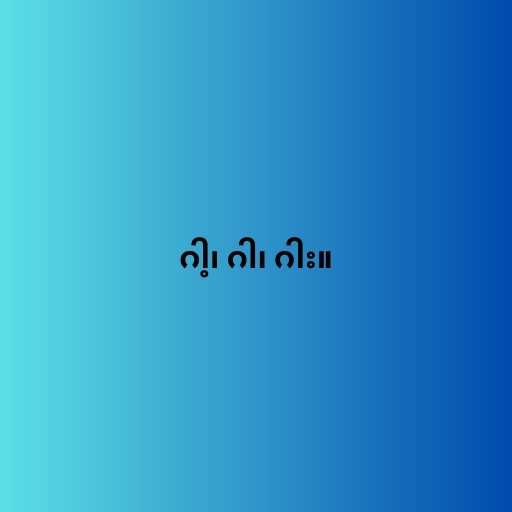
ဂါ့၊ ဂါ၊ ဂါး။